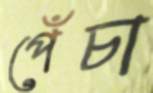
পেঁচা